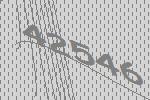
42546